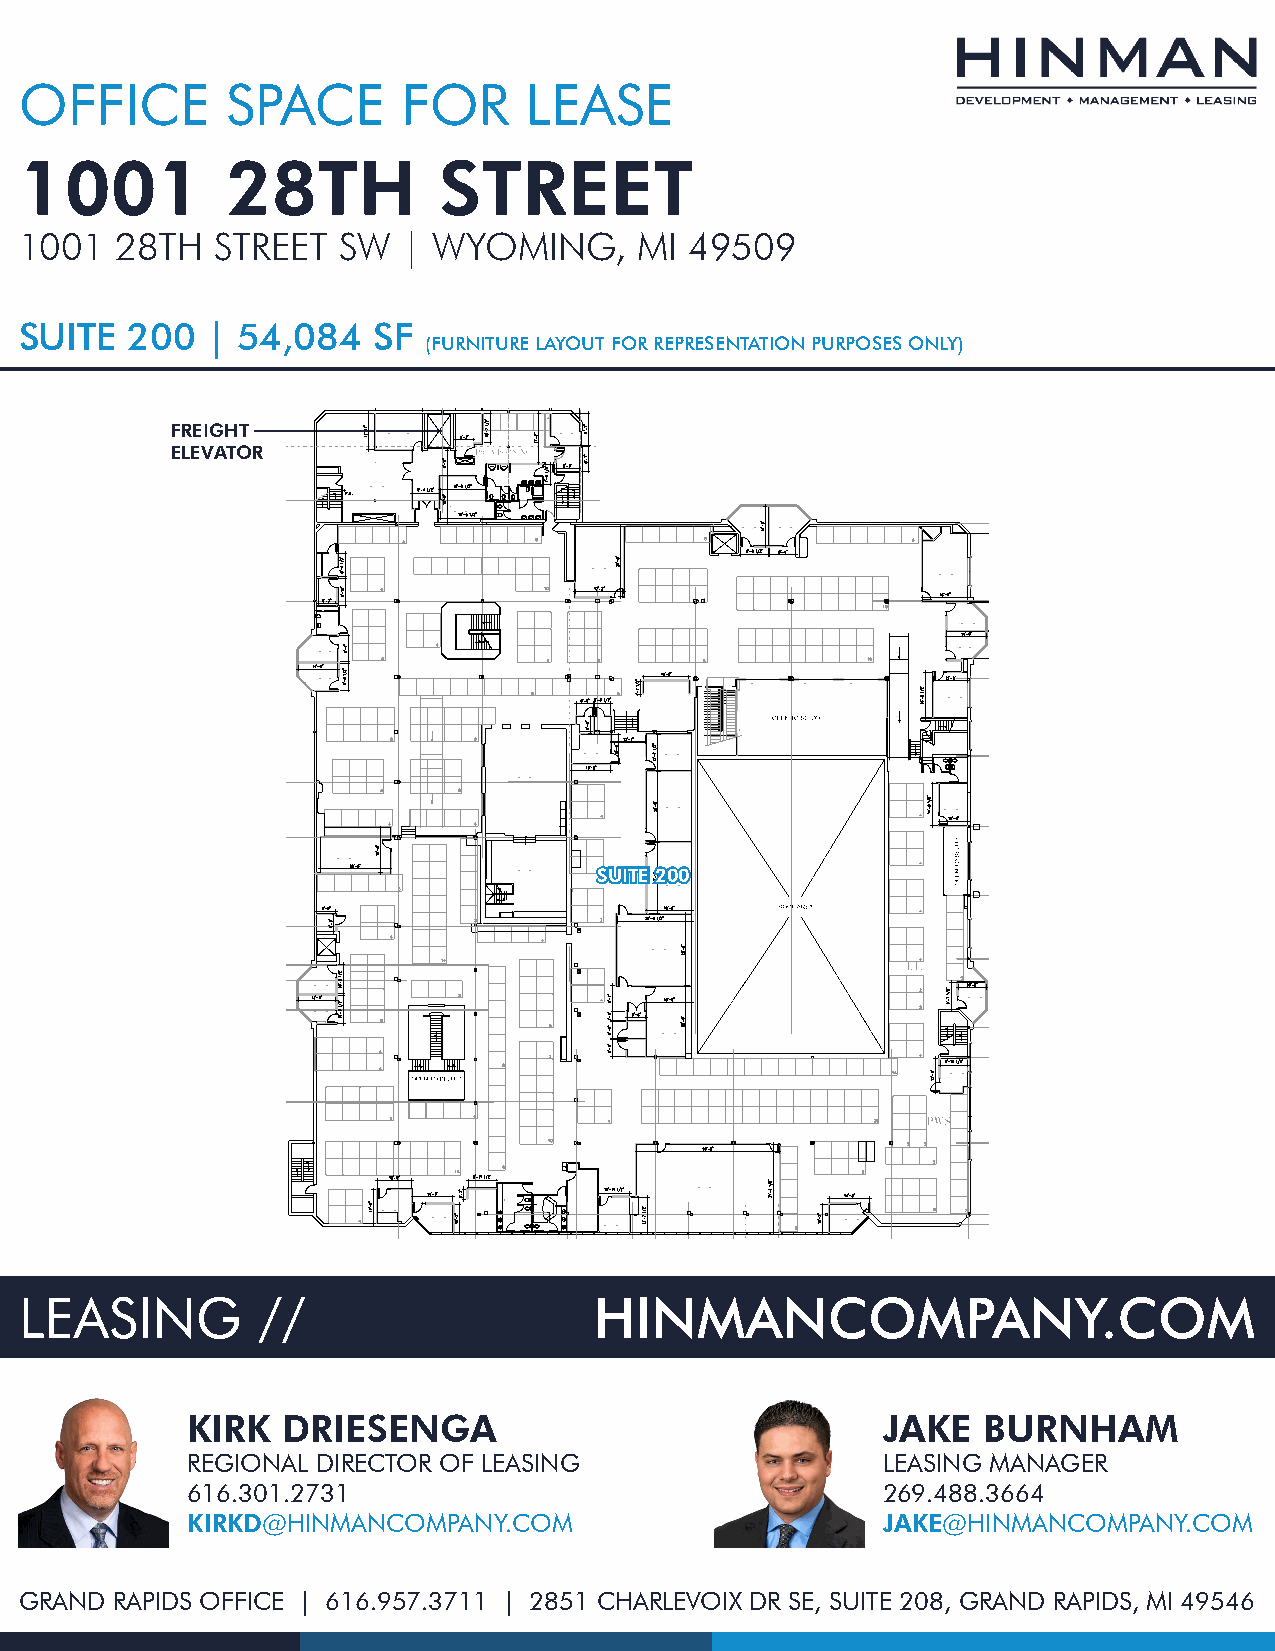
OFFICE        SPACE       FOR     LEASE
 1001          28TH          STREET
 1001   28TH  STREET  SW   | WYOMING,     MI  49509
 SUITE  200   | 54,084   SF
 (FURNITURE LAYOUT FOR REPRESENTATION PURPOSES ONLY)
 FREIGHT
 ELEVATOR
 SSUUIITTEE 220000
 LEASING         //                    HINMANCOMPANY.COM
 KIRK   DRIESENGA                              JAKE   BURNHAM
 REGIONAL DIRECTOR OF LEASING                  LEASING MANAGER
 616.301.2731                                  269.488.3664
 KIRKD@HINMANCOMPANY.COM                       JAKE@HINMANCOMPANY.COM
 GRAND RAPIDS OFFICE | 616.957.3711 | 2851 CHARLEVOIX DR SE, SUITE 208, GRAND RAPIDS, MI 49546